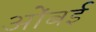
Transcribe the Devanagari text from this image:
ओंबई